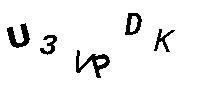
U3VPDK